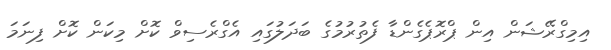
އިމިގްރޭޝަން އިން ޕްރޮޕެގެންޑާ ފެތުރުމުގެ ބަދަލުގައި އެގްރެސިވް ކޮށް މިކަން ކޮށް ފިނަމަ